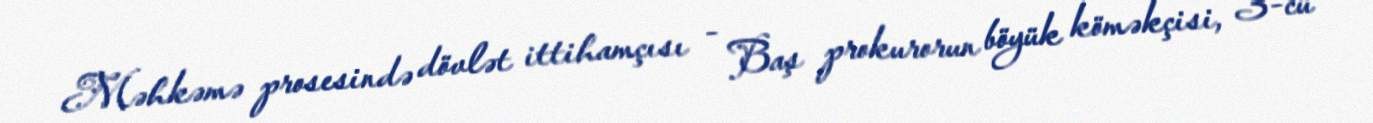
Məhkəmə prosesində dövlət ittihamçısı - Baş prokurorun böyük köməkçisi, 3-cü